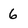
Character: 6